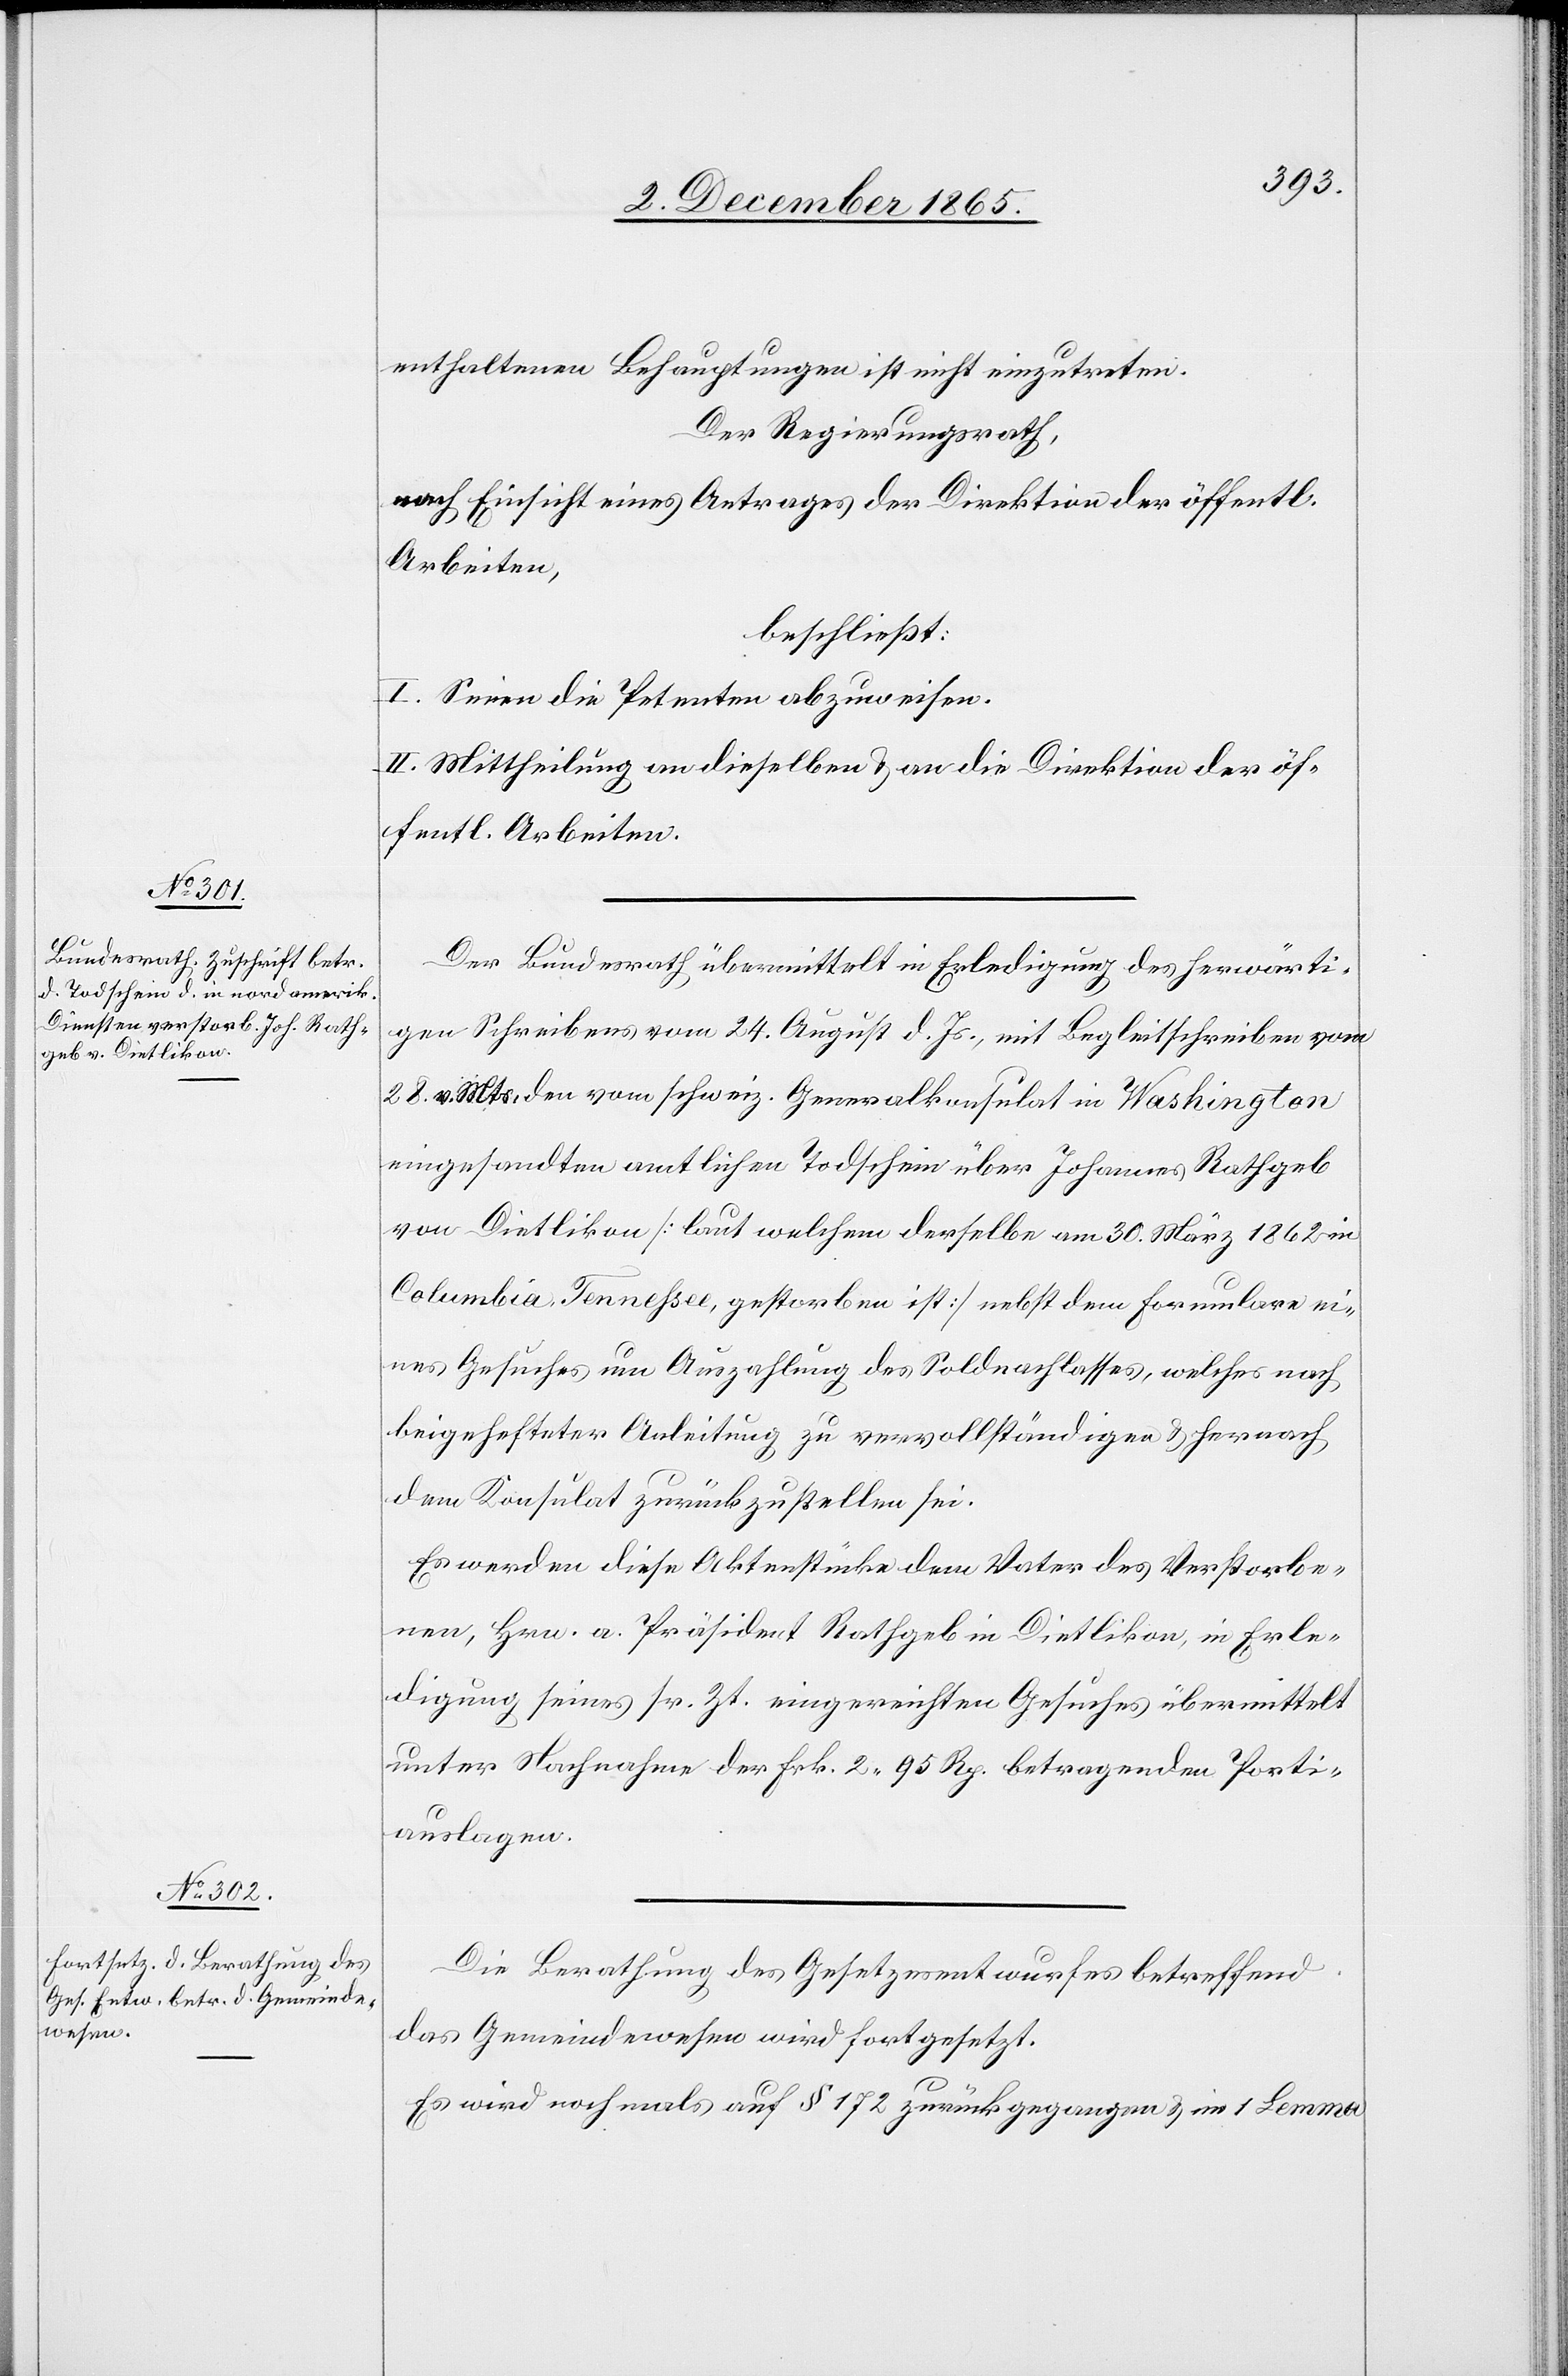
enthaltenen Behauptungen ist nicht einzutreten.
Der Regierungsrath,
nach Einsicht eines Antrages der Direktion der öffentl.
Arbeiten,
beschließt:
I. Seinen die Petenten abgewiesen.
II. Mittheilung an dieselben & an die Direktion der öf¬
fentl. Arbeiten.
Der Bundesrath übermittelt in Erledigung des herwärti¬
gen Schreibens vom 24. August d. Js., mit Begleitschreiben vom
28. v. Mts, den vom schweiz. Generalkonsulat in Washington
eingesandten amtlichen Todschein über Johannes Rathgeb
von Dietlikon [laut welchem derselbe am 30. März 1862 in
Columbia, Tennehsee, gestorben ist] nebst dem Formulare ei¬
nes Gesuches um Auszahlung des Soldnachlasses, welches nach
beigehefteter Anleitung zu vervollständigen & hernach
dem Konsulat zurückzustellen sei.
Es werden diese Aktenstücke dem Vater des Verstorbe¬
nen, Hrn. a. Präsident Rathgeb in Dietlikon, in Erle¬
digung seines sr. Zt. eingereichten Gesuches übermittelt
unter Nachnahme der Frk. 2 95 Rp. betragenden Porti¬
auslagen.
Die Berathung des Gesetzesentwurfes betreffend
das Gemeindewesen wird fortgesetzt.
Es wird nochmals auf § 172 zurückgegangen & im 1 lemma